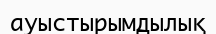
ауыстырымдылық